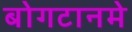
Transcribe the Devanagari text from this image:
बोगटानमे